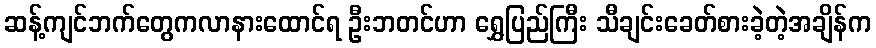
ဆန့်ကျင်ဘက်တွေကလာနားထောင်ရ ဦးဘတင်ဟာ ရွှေပြည်ကြီး သီချင်းခေတ်စားခဲ့တဲ့အချိန်က